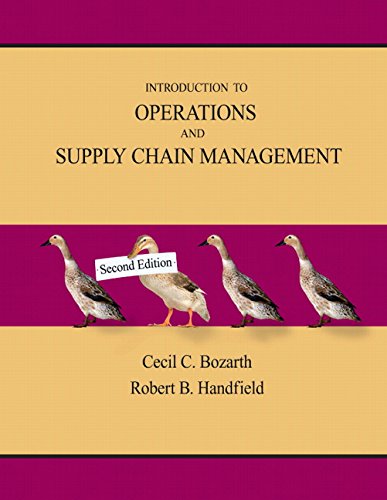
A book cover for Introduction to Operations and Supply Chain Management (2nd Edition); Cecil B. Bozarth; Business & Money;